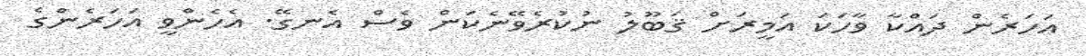
އަހަރެން ދައްކާ ވާހަކަ އަމީރަށް ޤަބޫލު ނުކުރެވޭނެކަން ވެސް އެނގޭ. އެހެންވީ އަހަރެންގެ